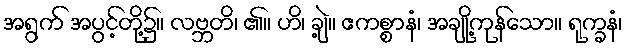
အရွက် အပွင့်တို့၌။ လဗ္ဘတိ၊ ၏။ ဟိ၊ ချဲ့။ ဧကစ္စာနံ၊ အချို့ကုန်သော။ ရုက္ခနံ၊